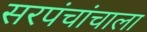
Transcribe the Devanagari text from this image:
सरपंचांचाला